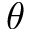
\theta